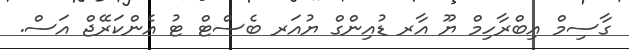
ގާސިމް އިބްރާހިމް ޔޫ އާރ ޑުއިންގް ޔުއަރ ބެސްޓް ޓު އެންކަރޭޖް އަސް.